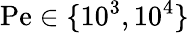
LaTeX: \mathrm{Pe}\in\{ 10^{3},10^{4}\}